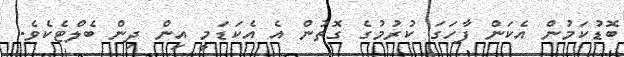
ބޮޑުކަމުން އެކަން ފާހަގަ ކުރުމުގެ ގޮތުން އެ އެކަޑަމީ އިން ދިން ބެލްޓެކެވެ.